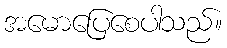
အမောပြေစေပါသည်။